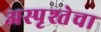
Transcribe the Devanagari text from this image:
अस्पृश्तेचा